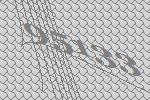
95133